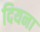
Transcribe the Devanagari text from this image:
दियना